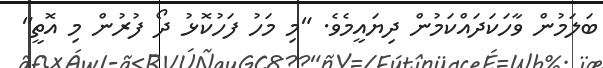
ބަލަމުން ވާހަކަދައްކަމުން ދިޔައީމެވެ. "މި މަހު ފަހުކޮޅު ދޯ ފުރުން މި އޮތީ"